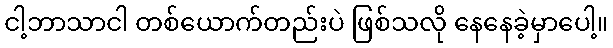
ငါ့ဘာသာငါ တစ်ယောက်တည်းပဲ ဖြစ်သလို နေနေခဲ့မှာပေါ့။